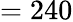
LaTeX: =240